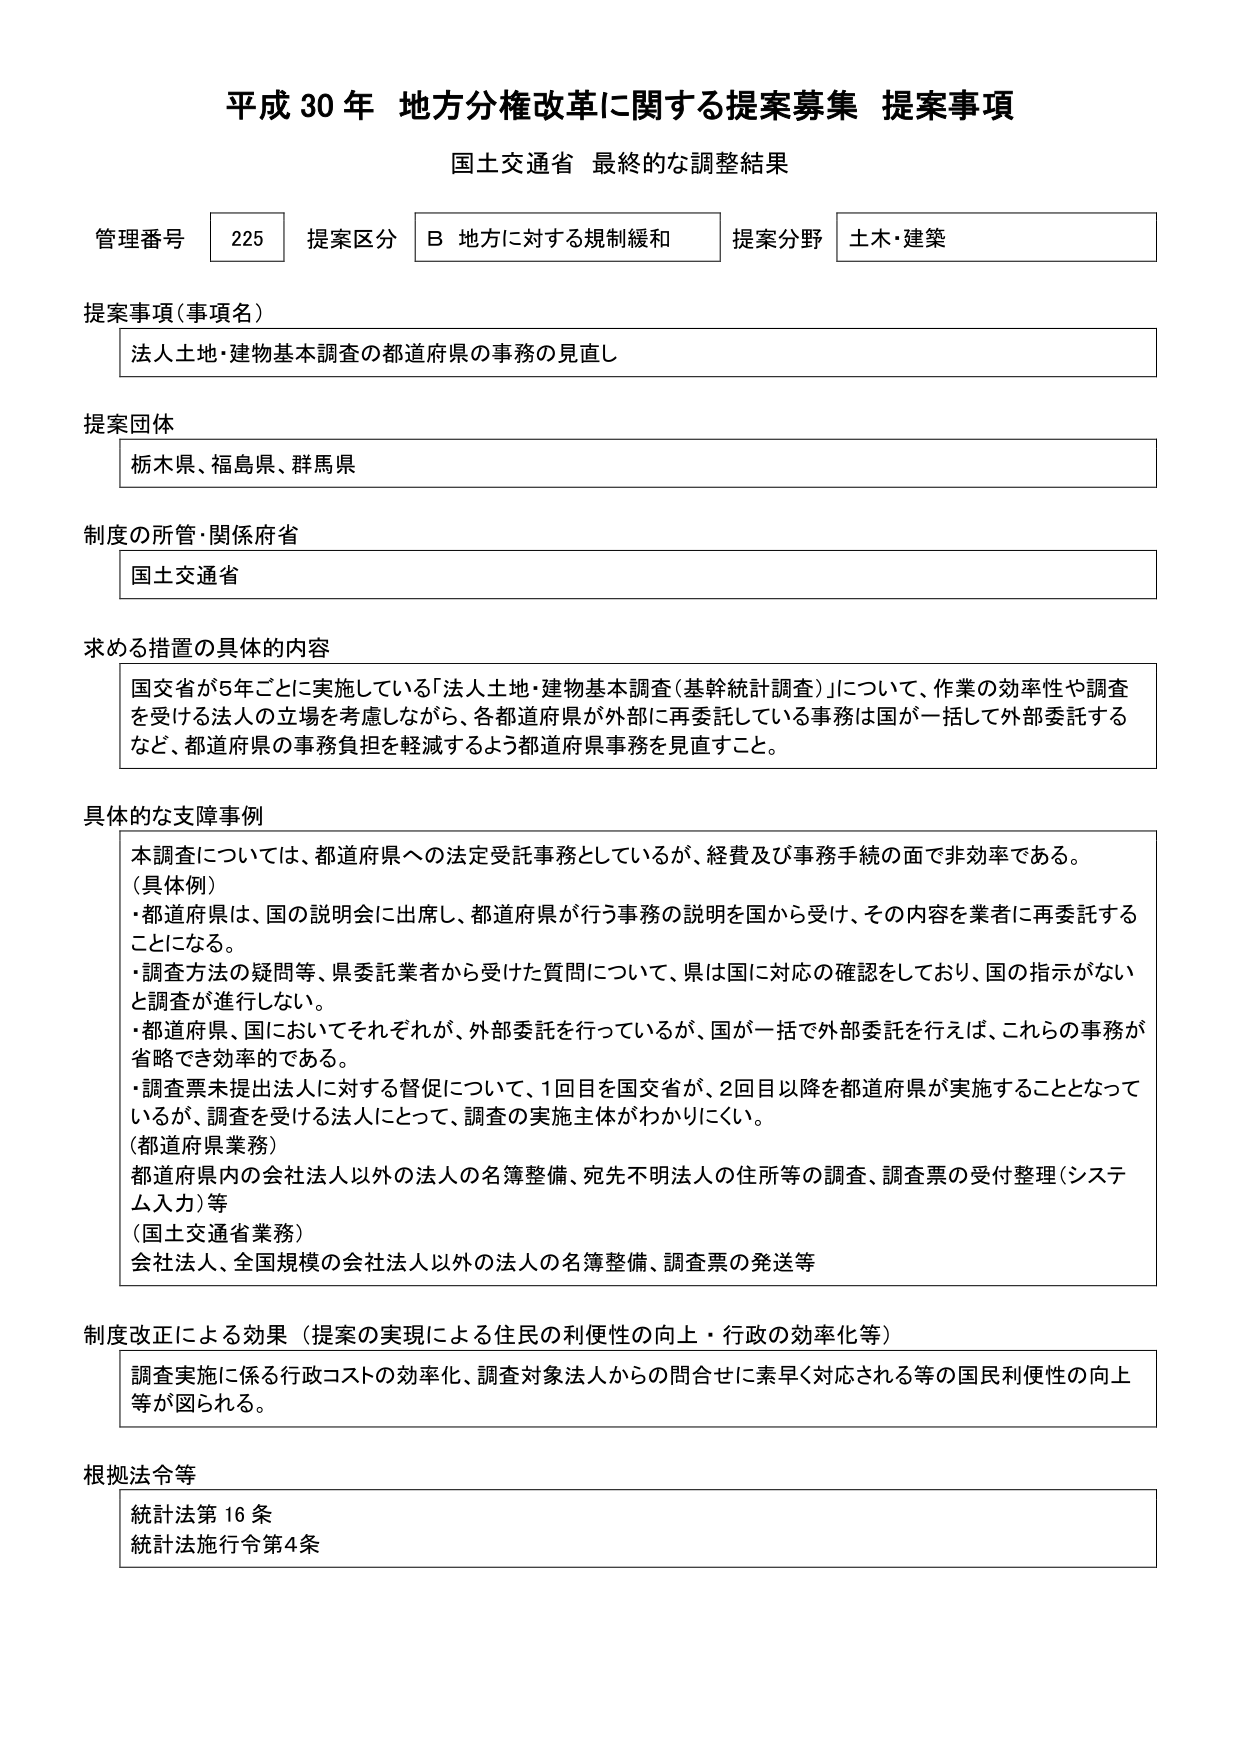
平成30年 地方分権改革に関する提案募集 提案事項
国土交通省 最終的な調整結果

管理番号 225 提案区分 B 地方に対する規制緩和 提案分野 土木・建築

提案事項（事項名）
法人土地・建物基本調査の都道府県の事務の見直し

提案団体
栃木県、福島県、群馬県

制度の所管・関係府省
国土交通省

求める措置の具体的内容
国交省が5年ごとに実施している「法人土地・建物基本調査（基幹統計調査）」について、作業の効率性や調査を受けする法人の立場を考慮しながら、各都道府県が外部に再委託している事務は国が一括して外部委託するなど、都道府県の事務負担を軽減するよう都道府県事務を見直すこと。

具体的な支障事例
本調査については、都道府県への法定受託事務としているが、経費及び事務手続の面で非効率である。
（具体例）
・都道府県は、国の説明会に出席し、都道府県が行う事務の説明を国から受け、その内容を業者に再委託することになる。
・調査方法の疑問等、県委託業者から受けた質問について、県は国に対応の確認をしており、国の指示がないと調査が進行しない。
・都道府県、国においてそれぞれが、外部委託を行っているが、国が一括で外部委託を行えば、これらの事務が省略でき効率的である。
・調査票未提出法人に対する督促について、1回目を国交省が、2回目以降を都道府県が実施することとなっているが、調査を受けする法人にとって、調査の実施主体がわかりにくい。
（都道府県業務）
都道府県内の会社法人以外の法人の名簿整備、宛先不明法人の住所等の調査、調査票の受付整理（システム入力）等
（国土交通省業務）
会社法人、全国規模の会社法人以外の法人の名簿整備、調査票の発送等

制度改正による効果（提案の実現による住民の利便性の向上・行政の効率化等）
調査実施に係る行政コストの効率化、調査対象法人からの問合せに素早く対応される等の国民利便性の向上等が図られる。

根拠法令等
統計法第16条
統計法施行令第4条